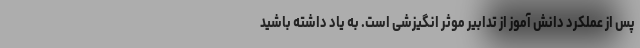
پس از عملکرد دانش آموز از تدابیر موثر انگیزشی است. به یاد داشته باشید